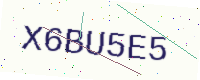
Text: X6BU5E5